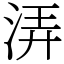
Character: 㳥